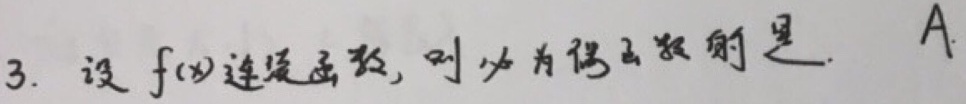
3. 设\(f(x)\)是连续函数，则必为偶函数的是. A